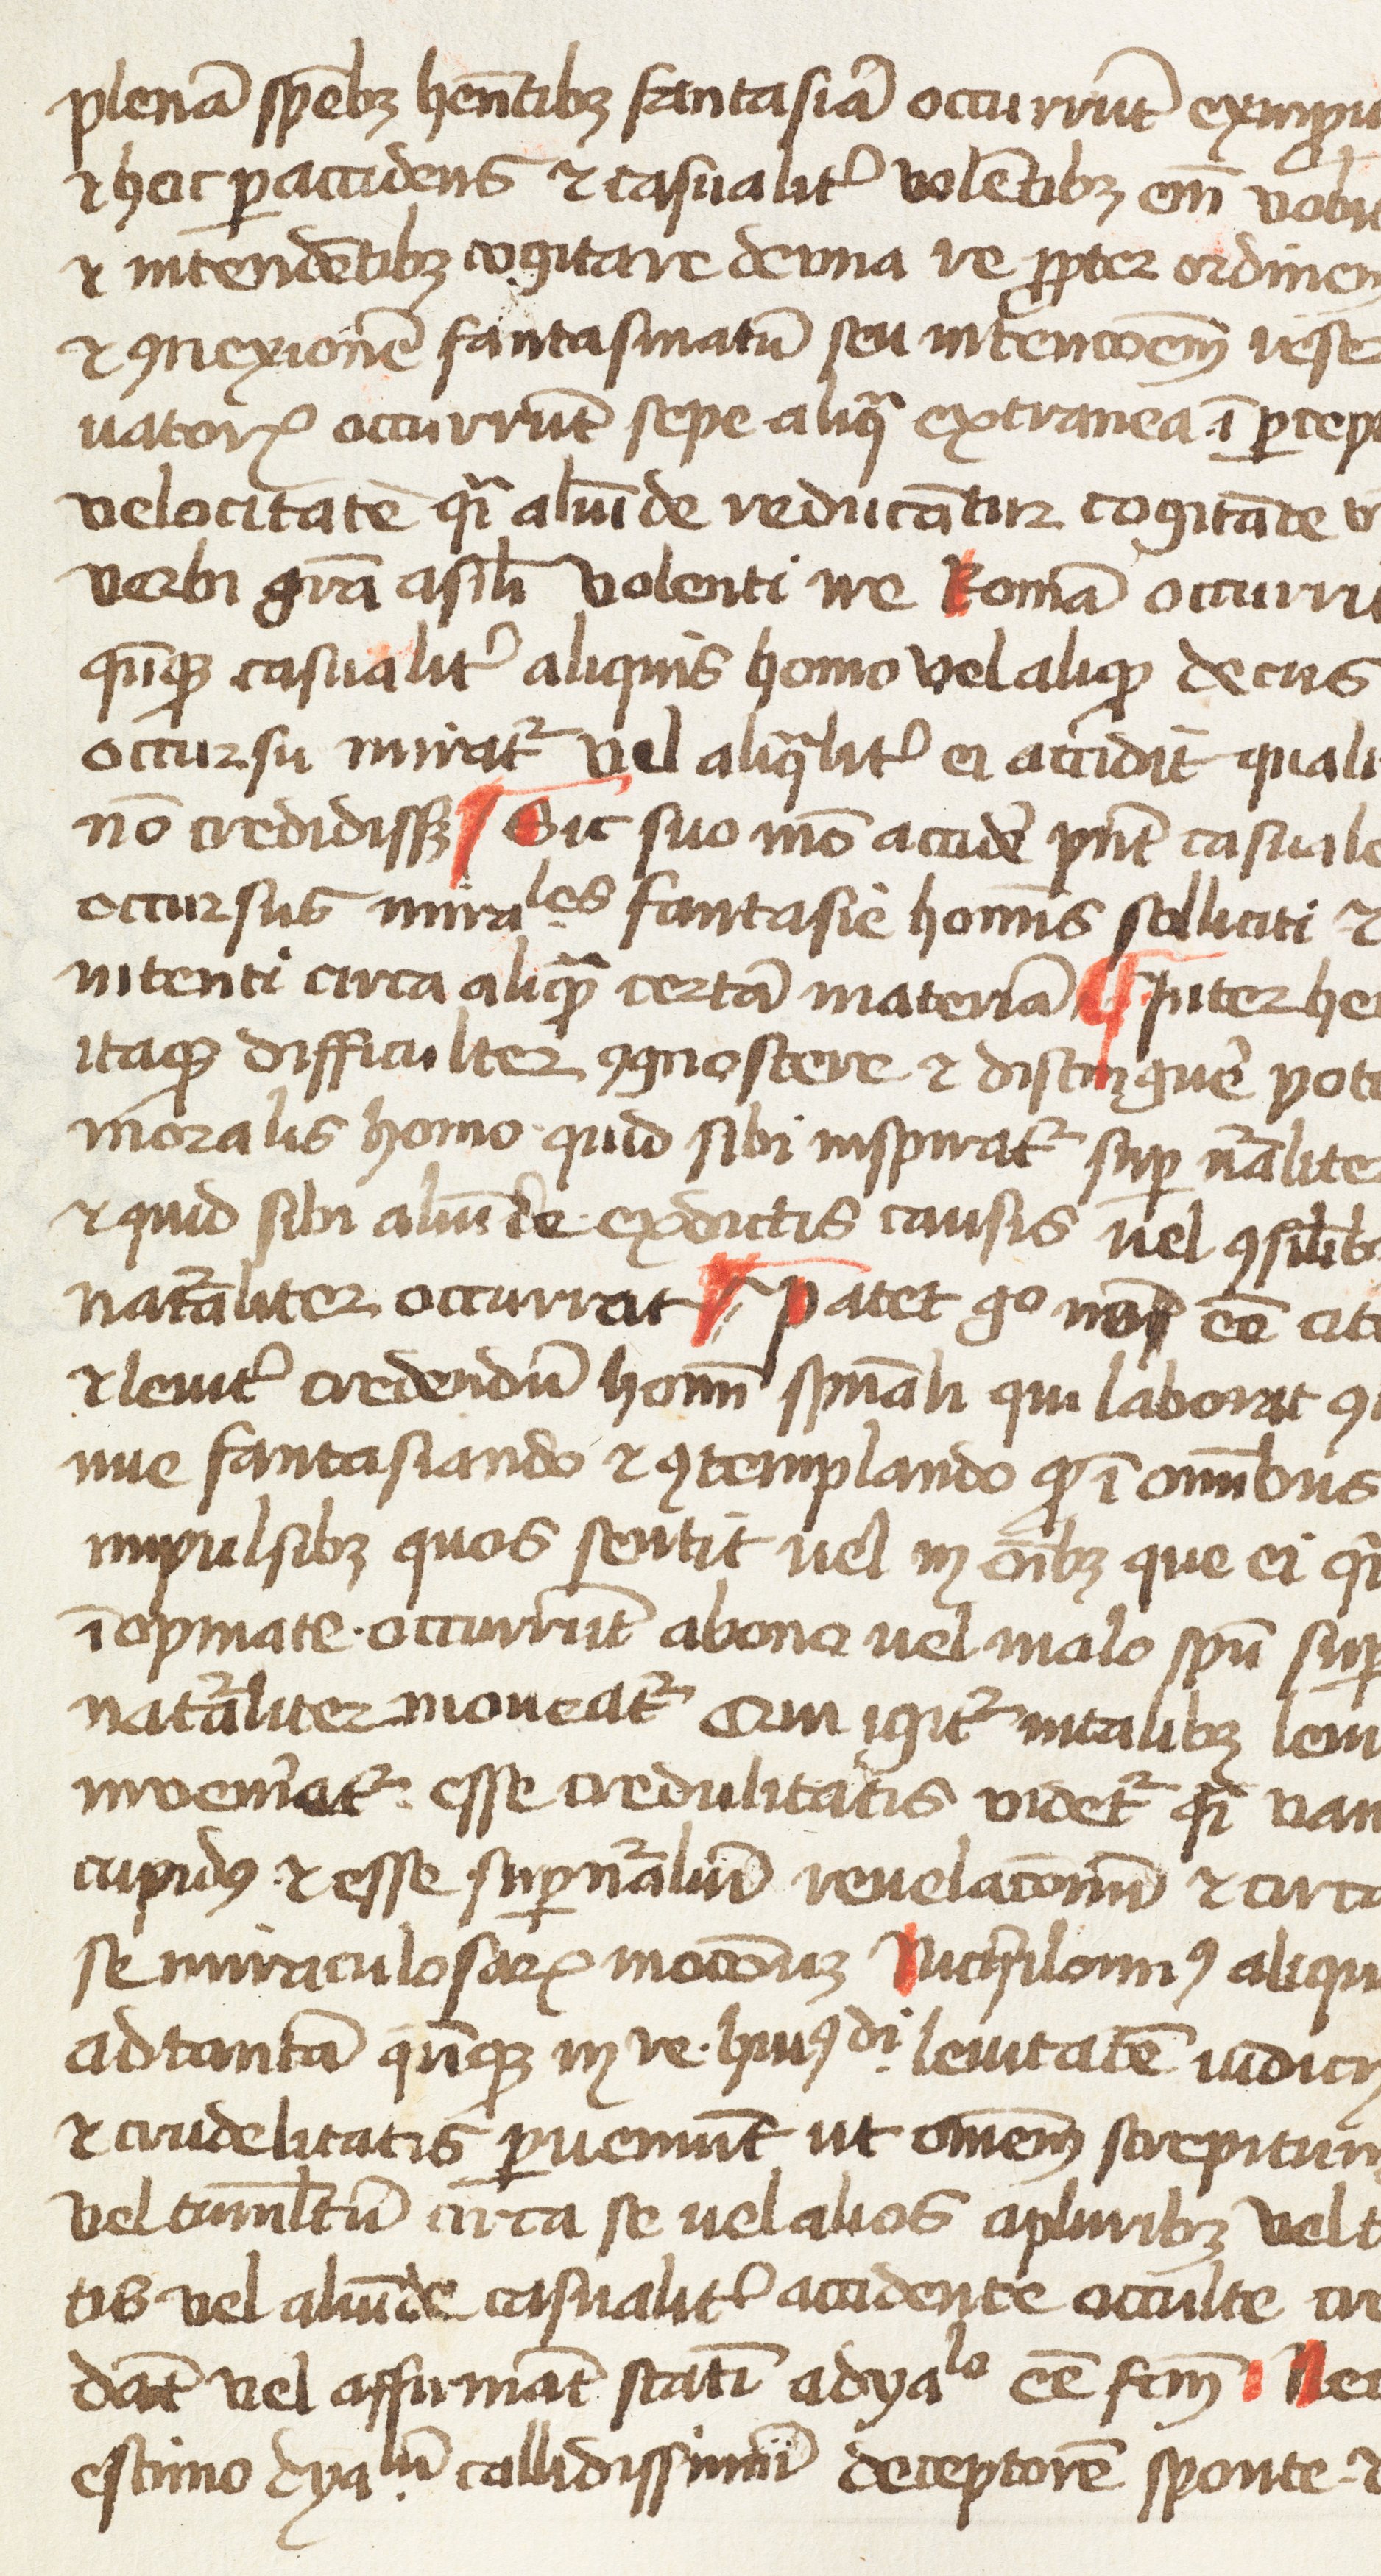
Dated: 1350–1399